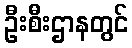
ဦးစီးဌာနတွင်